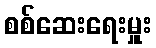
စစ်ဆေးရေးမှူး